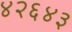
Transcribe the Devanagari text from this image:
४२६४३